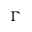
\Gamma